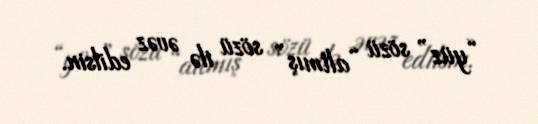
“yüz” sözü “altmış” sözü ilə əvəz edilsin.